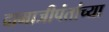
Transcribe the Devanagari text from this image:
दामाजीपंतांच्या